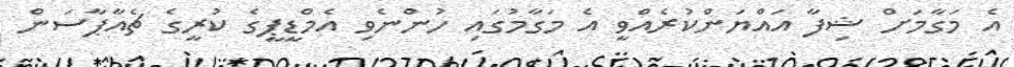
އެ މަގާމަށް ޝިފާ އައްޔަންކުރެއްވީ އެ މަގާމުގައި ހުންނެވި އެމްޑީޕީގެ ކުރީގެ ޗެއާޕާސަން